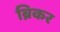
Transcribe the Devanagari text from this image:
ब्रिकर